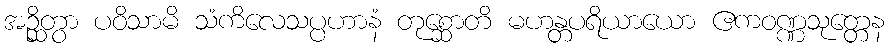
အဉ္ဆိတွာ ပဝိသာမိ သံကိလေသပ္ပဟာနံ တုစ္ဆောတိ မဟန္တပရိယာယော ဧကဝဏ္ဏသုတ္တေန